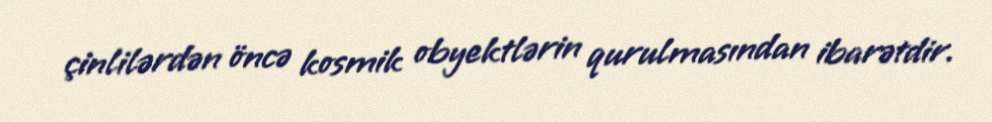
çinlilərdən öncə kosmik obyektlərin qurulmasından ibarətdir.